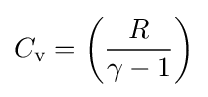
C_{\text{v}}=\left({\frac {R}{\gamma -1}}\right)